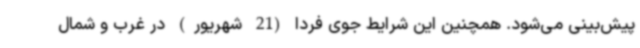
پیش‌بینی می‌شود. همچنین این شرایط جوی فردا (21 شهریور) در غرب و شمال